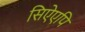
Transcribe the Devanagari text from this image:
सिऐएपि